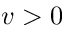
v > 0